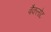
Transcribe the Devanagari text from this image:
बैकलोट